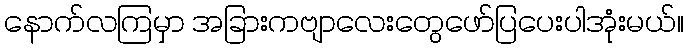
နောက်လကြမှာ အခြားကဗျာလေးတွေဖော်ပြပေးပါအုံးမယ်။